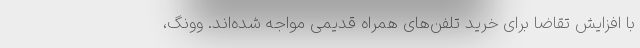
با افزایش تقاضا برای خرید تلفن‌های همراه قدیمی مواجه شده‌اند. وونگ،